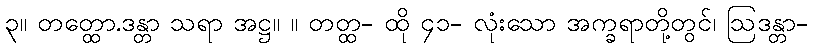
၃။ တတ္ထော.ဒန္တာ သရာ အဋ္ဌ။ ။ တတ္ထ- ထို ၄၁- လုံးသော အက္ခရာတို့တွင်၊ ဩဒန္တာ-